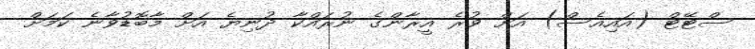
ސްޓޭޓް (އައިއެސް) އަށް ވުރެ އީރާންގެ ނުރައްކާ ދުނިޔެ އަށް މާބޮޑުވާނެ ކަމަށް